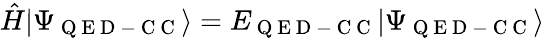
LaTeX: \begin{array}{r}{\hat{H}|\Psi_{\mathrm{~Q~E~D~-~C~C~}}\rangle=E_{\mathrm{~Q~E~D~-~C~C~}}|\Psi_{\mathrm{~Q~E~D~-~C~C~}}\rangle}\end{array}